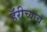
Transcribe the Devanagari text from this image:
हॅरीच्याच